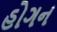
હોગન